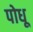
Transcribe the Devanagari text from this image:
पोधू